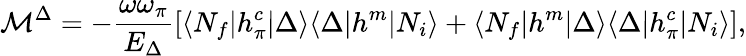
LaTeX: {\cal M}^{\Delta}=-\frac{\omega\omega_{\pi}}{E_{\Delta}}\left[\langle N_{f}|h_{\pi}^{c}|\Delta\rangle\langle\Delta|h^{m}|N_{i}\rangle+\langle N_{f}|h^{m}|\Delta\rangle\langle\Delta|h_{\pi}^{c}|N_{i}\rangle\right],